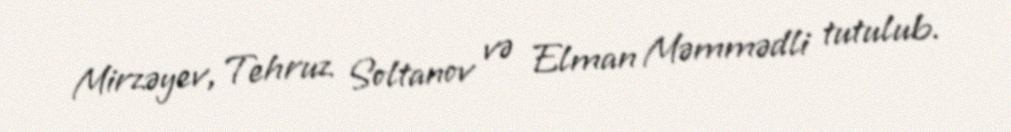
Mirzəyev, Tehruz Soltanov və Elman Məmmədli tutulub.